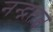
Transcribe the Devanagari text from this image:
नन्द्नतत्व